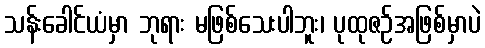
သန်းခေါင်ယံမှာ ဘုရား မဖြစ်သေးပါဘူး၊ ပုထုဇဉ်အဖြစ်မှာပဲ